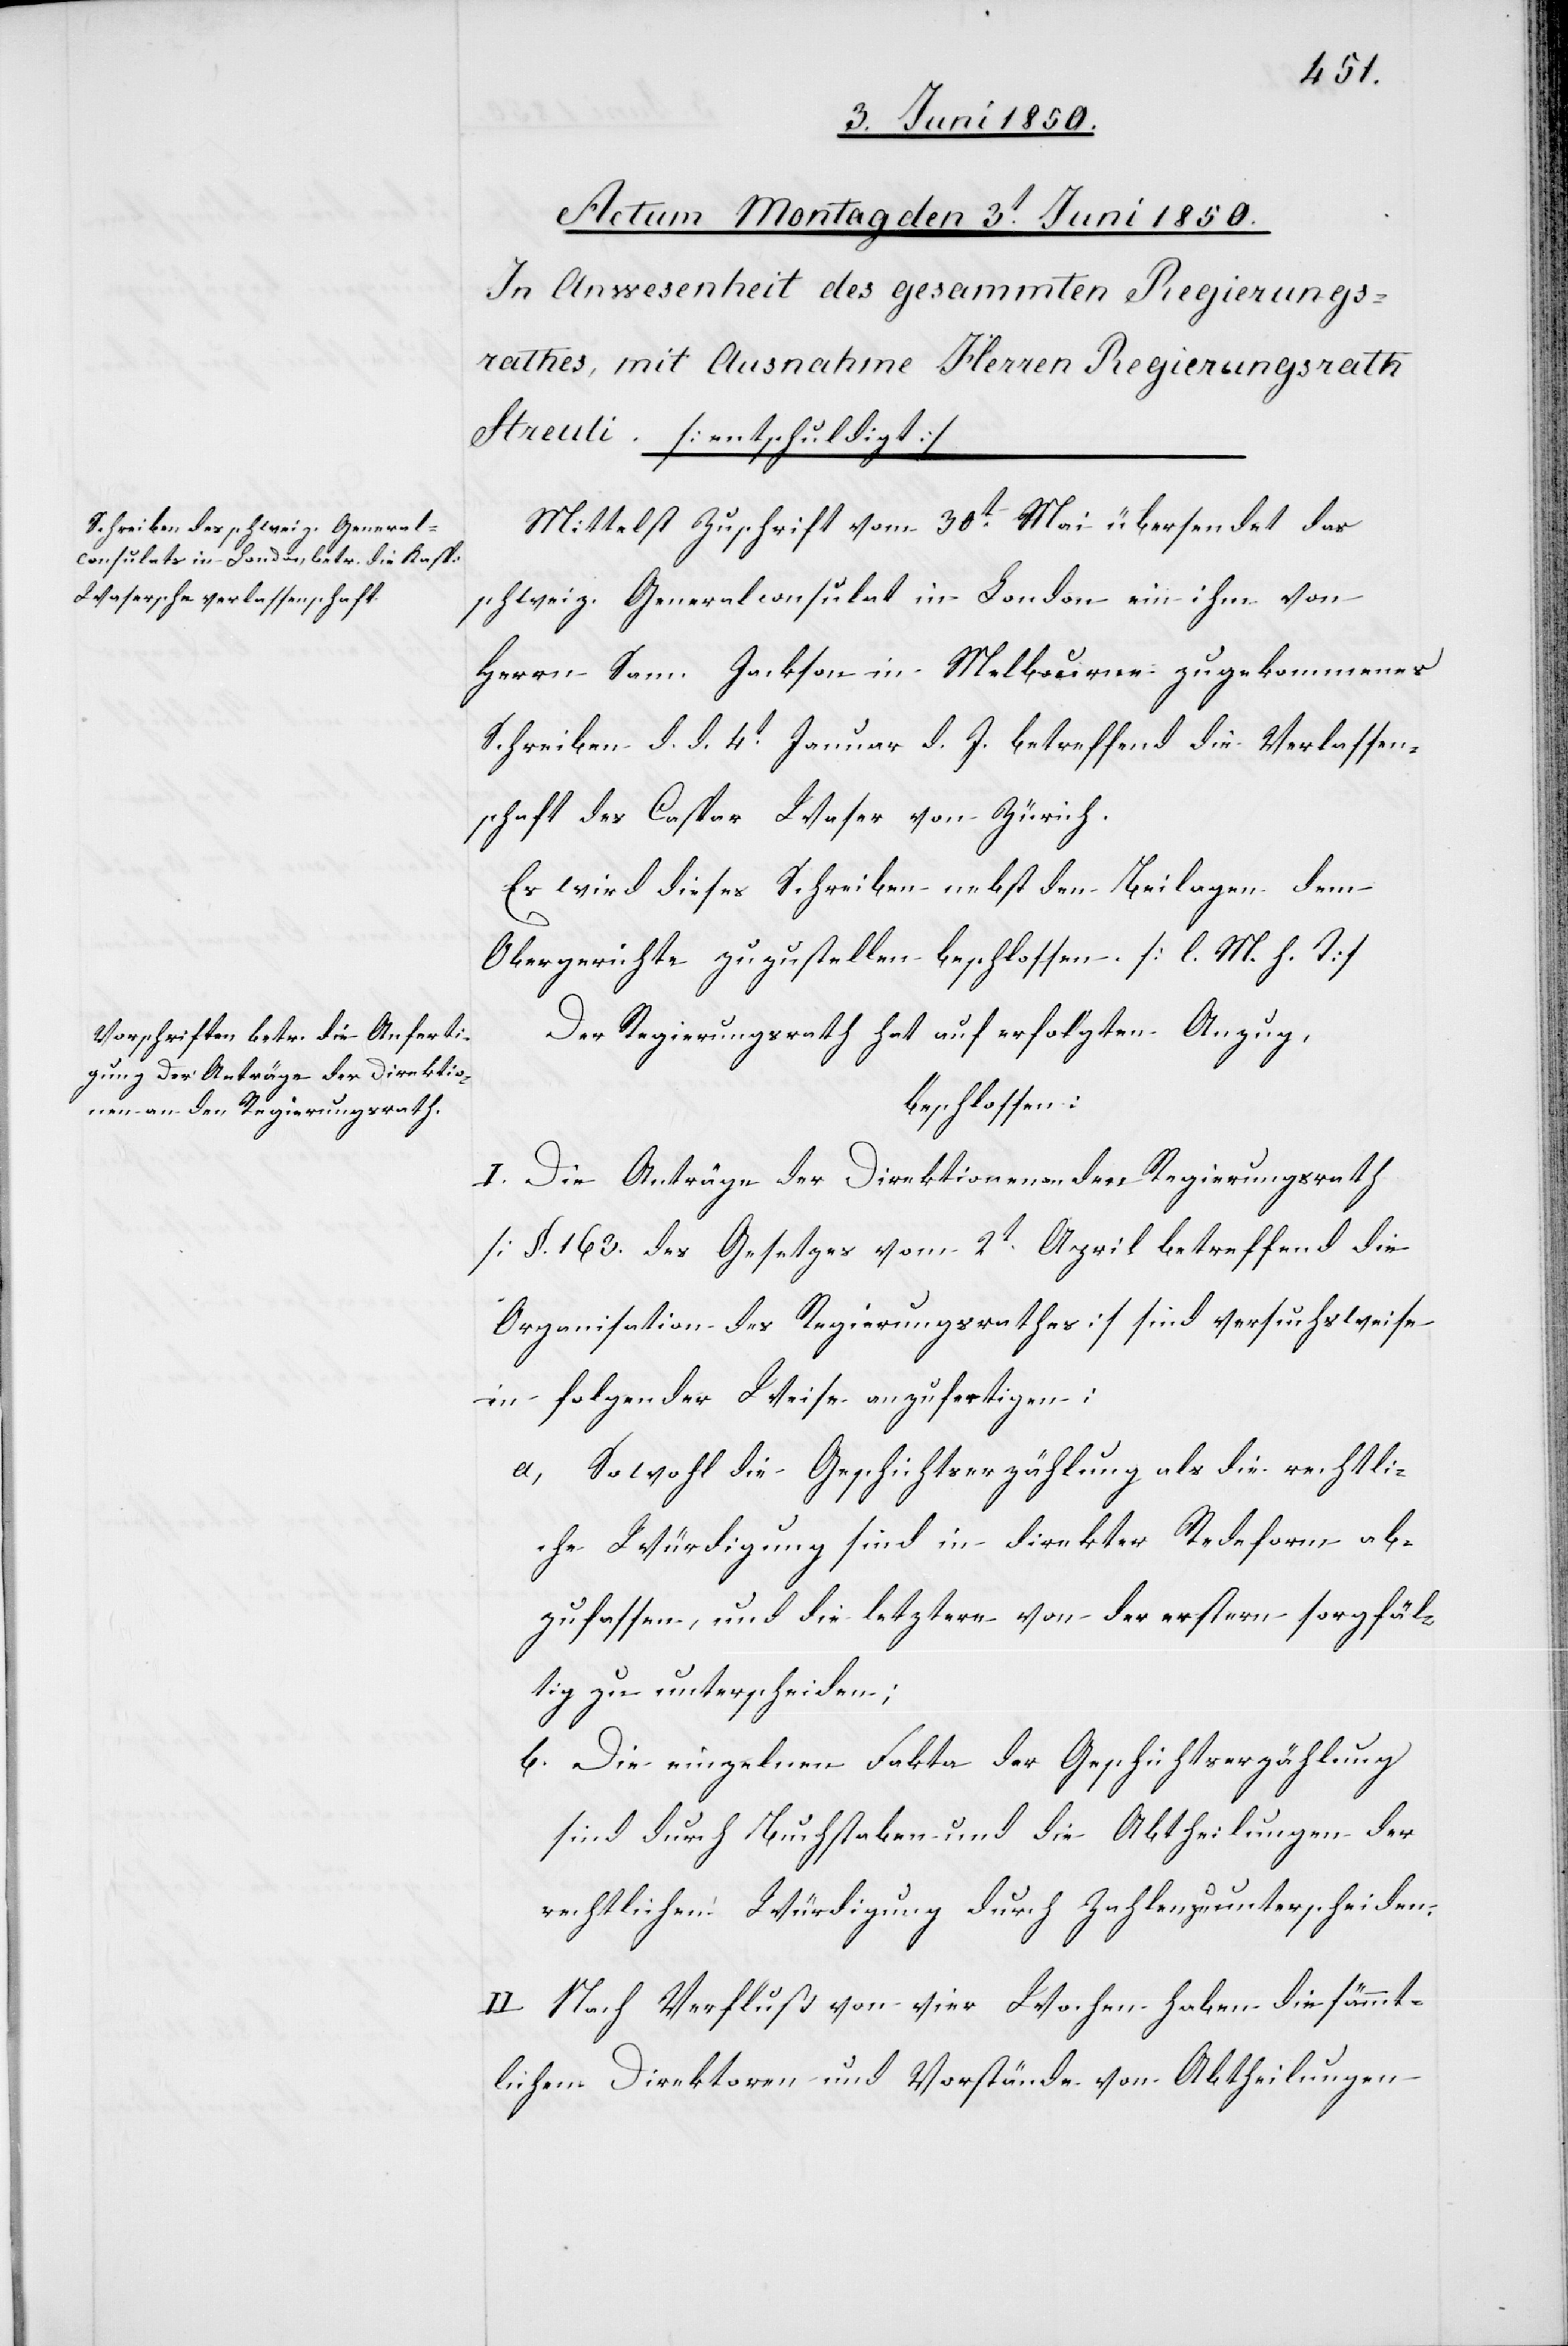
Mittelst Zuschrift vom 30t Mai übersendet das
schweiz. Generalconsulat in London ein ihm von
Herrn Sam Jackson in Melbourne zugekommenes
Schreiben d. d. 4t Januar d. J. betreffend die Verlassen¬
schaft des Caspar Waser von Zürich.
Es wird dieses Schreiben nebst den Beilagen dem
Obergerichte zuzustellen beschlossen. [l. M. h. T]
Der Regierungsrath hat auf erfolgten Anzug,
beschlossen:
I. Die Anträge der Direktionen an den Regierungsrath
[§. 163. des Gesetzes vom 2t April betreffend die
Organisation des Regierungsrathes] sind versuchsweise
in folgender Weise anzufertigen:
a, Sowohl die Geschichtserzählung als die rechtli¬
che Würdigung sind in direkter Redeform ab¬
zufassen, und die letztere von der erstern sorgfäl¬
tig zu unterscheiden;
b. Die einzelnen Fakta der Geschichtserzählung
sind durch Buchstaben und die Abtheilungen der
rechtlichen Würdigung durch Zahlen zu unterscheiden.
II. Nach Verfluß von vier Wochen haben die sämmt¬
lichen Direktoren und Vorstände von Abtheilungen